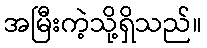
အမြီးကဲ့သို့ရှိသည်။